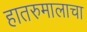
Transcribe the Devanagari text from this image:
हातरुमालाचा